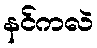
နင်ကလဲ